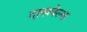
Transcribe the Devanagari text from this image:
दाखवेल्या